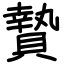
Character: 贄